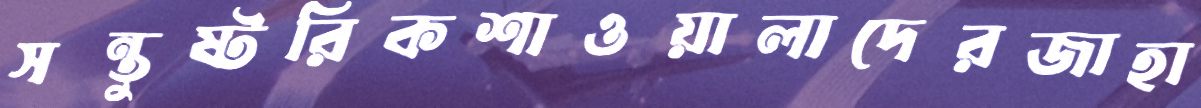
সন্তুষ্টরিকশাওয়ালাদেরজাহা